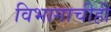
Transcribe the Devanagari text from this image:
विभागाचीही